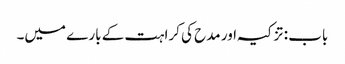
باب : تزکیہ اور مدح کی کراہت کے بارے میں۔